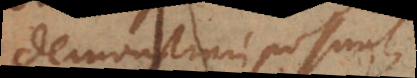
demonstrari possunt,